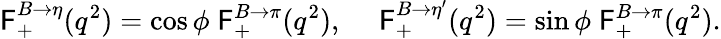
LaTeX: \mathsf{F}_{+}^{B\to\eta}(q^{2})=\cos\phi\; \mathsf{F}_{+}^{B\to\pi}(q^{2}),~~~~~\mathsf{F}_{+}^{B\to\eta^{\prime}}(q^{2})=\sin\phi\; \mathsf{F}_{+}^{B\to\pi}(q^{2}).